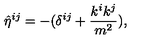
{ \hat { \eta } } ^ { i j } = - ( \delta ^ { i j } + { \frac { k ^ { i } k ^ { j } } { m ^ { 2 } } } ) ,